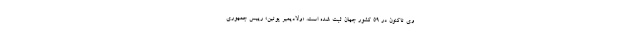
وی تاکنون در ۵۹ کشور جهان ثبت شده است. «ولادیمیر پوتین» رییس جمهوری